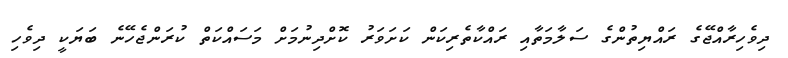
ދިވެހިރާއްޖޭގެ ރައްޔިތުންގެ ސަލާމަތާއި ރައްކާތެރިކަން ކަށަވަރު ކޮށްދިނުމަށް މަސައްކަތް ކުރަންޖެހޭނެ ބަޔަކީ ދިވެހި